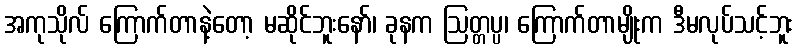
အကုသိုလ် ကြောက်တာနဲ့တော့ မဆိုင်ဘူးနော်၊ ခုနက ဩတ္တပ္ပ၊ ကြောက်တာမျိုးက ဒီမလုပ်သင့်ဘူး